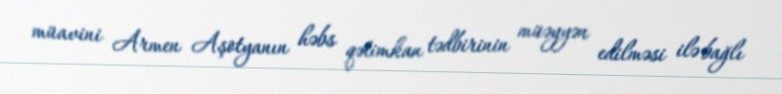
müavini Armen Aşotyanın həbs qətimkan tədbirinin müəyyən edilməsi ilə bağlı